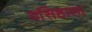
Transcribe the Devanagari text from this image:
वसिष्ठाला